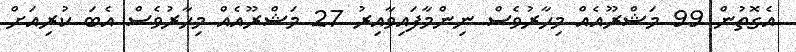
އެގޮތުން 99 މަޝްރޫއެއް މިހާރުވެސް ނިންމާފައިވާއިރު 27 މަޝްރޫއެއް މިހާރުވެސް އެބަ ކުރިއަށް